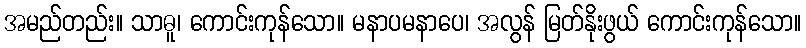
အမည်တည်း။ သာဓူ၊ ကောင်းကုန်သော။ မနာပမနာပေ၊ အလွန် မြတ်နိုးဖွယ် ကောင်းကုန်သော။